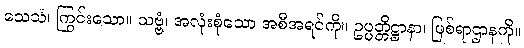
သေသံ၊ ကြွင်းသော။ သဗ္ဗံ၊ အလုံးစုံသော အစီအရင်ကို။ ဥပ္ပတ္တိဋ္ဌာနာ၊ ဖြစ်ရာဌာနကို။